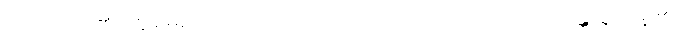
ဥပါသကာ၏။ ဣမေဥပါသကဂုဏာ၊ ဤဥပါသကဂုဏ်တို့သည်။ သန္တိ၊ ရှိကုန်၏။